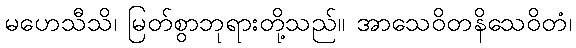
မဟေသီသိ၊ မြတ်စွာဘုရားတို့သည်။ အာသေဝိတနိသေဝိတံ၊